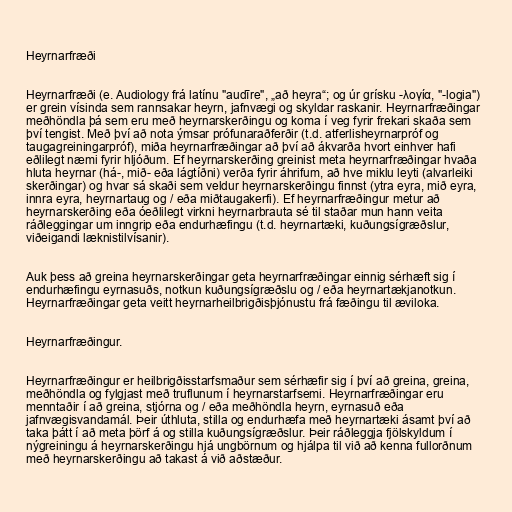
Heyrnarfræði

Heyrnarfræði (e. Audiology frá latínu "audīre", „að heyra“; og úr grísku -λογία, "-logia")
er grein vísinda sem rannsakar heyrn, jafnvægi og skyldar raskanir. Heyrnarfræðingar
meðhöndla þá sem eru með heyrnarskerðingu og koma í veg fyrir frekari skaða sem
því tengist. Með því að nota ýmsar prófunaraðferðir (t.d. atferlisheyrnarpróf og
taugagreiningarpróf), miða heyrnarfræðingar að því að ákvarða hvort einhver hafi
eðlilegt næmi fyrir hljóðum. Ef heyrnarskerðing greinist meta heyrnarfræðingar hvaða
hluta heyrnar (há-, mið- eða lágtíðni) verða fyrir áhrifum, að hve miklu leyti (alvarleiki
skerðingar) og hvar sá skaði sem veldur heyrnarskerðingu finnst (ytra eyra, mið eyra,
innra eyra, heyrnartaug og / eða miðtaugakerfi). Ef heyrnarfræðingur metur að
heyrnarskerðing eða óeðlilegt virkni heyrnarbrauta sé til staðar mun hann veita
ráðleggingar um inngrip eða endurhæfingu (t.d. heyrnartæki, kuðungsígræðslur,
viðeigandi læknistilvísanir).

Auk þess að greina heyrnarskerðingar geta heyrnarfræðingar einnig sérhæft sig í
endurhæfingu eyrnasuðs, notkun kuðungsígræðslu og / eða heyrnartækjanotkun.
Heyrnarfræðingar geta veitt heyrnarheilbrigðisþjónustu frá fæðingu til æviloka.

Heyrnarfræðingur.

Heyrnarfræðingur er heilbrigðisstarfsmaður sem sérhæfir sig í því að greina, greina,
meðhöndla og fylgjast með truflunum í heyrnarstarfsemi. Heyrnarfræðingar eru
menntaðir í að greina, stjórna og / eða meðhöndla heyrn, eyrnasuð eða
jafnvægisvandamál. Þeir úthluta, stilla og endurhæfa með heyrnartæki ásamt því að
taka þátt í að meta þörf á og stilla kuðungsígræðslur. Þeir ráðleggja fjölskyldum í
nýgreiningu á heyrnarskerðingu hjá ungbörnum og hjálpa til við að kenna fullorðnum
með heyrnarskerðingu að takast á við aðstæður.